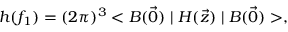
h ( f _ { 1 } ) = ( 2 \pi ) ^ { 3 } < B ( \vec { 0 } ) \mid { \cal H } ( \vec { z } ) \mid B ( \vec { 0 } ) > ,